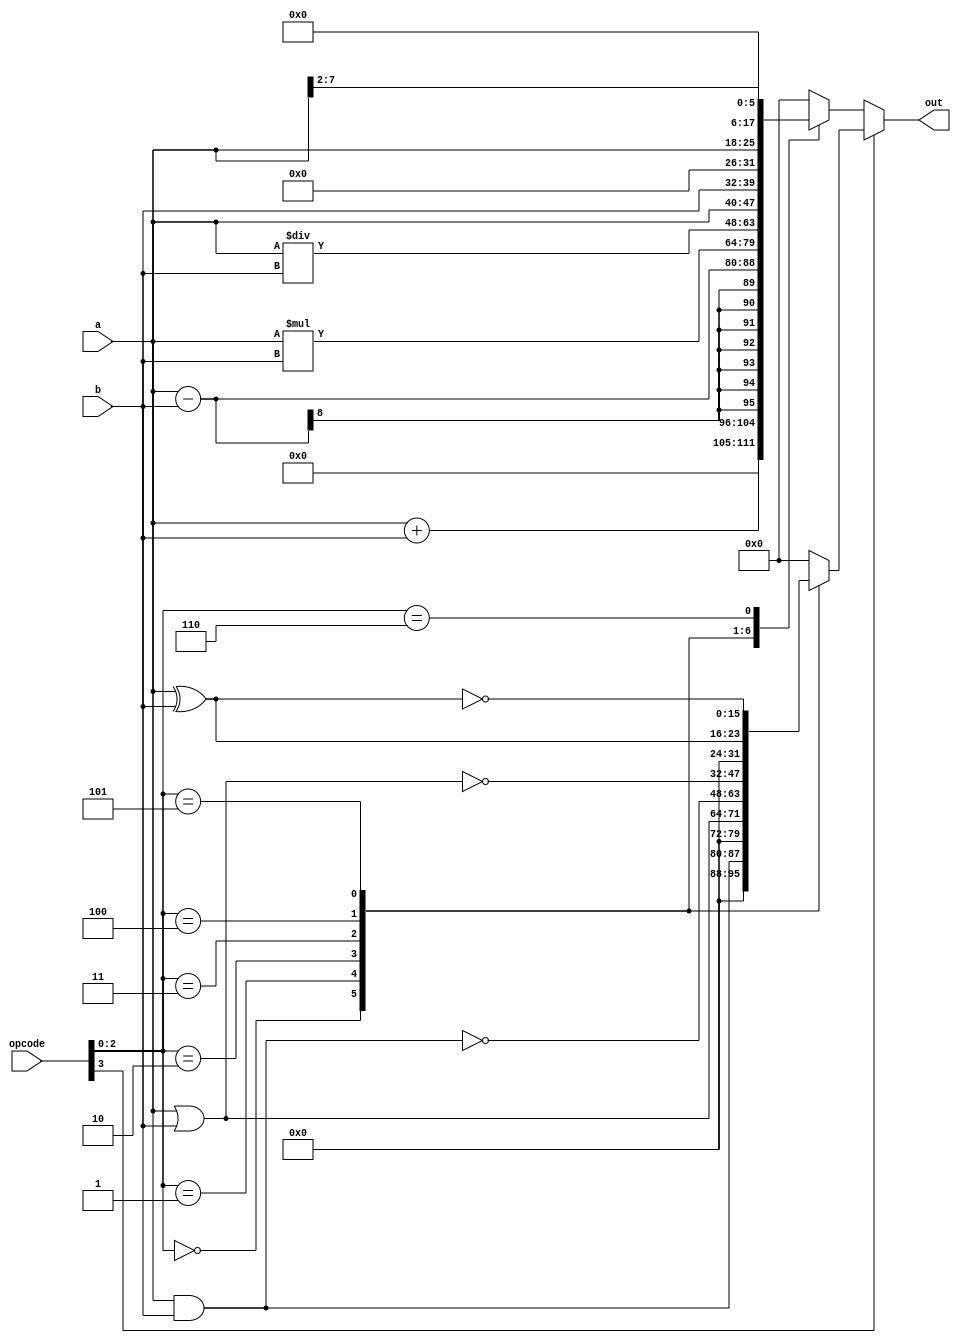

module ALU(input [7:0] a,b,input [3:0]opcode,output reg [15:0] out );

 always@(a or b or opcode)begin
  if(opcode[3]==0)begin
 
   case(opcode[2:0])
   
   3'b000 : out = a + b;
   3'b001 : out = a - b;
   3'b010 : out = a * b;
   3'b011 : out = a / b;
   3'b100 : out = {a,b};
   3'b101 : out = a << 2;
   3'b110 : out = a >> 2;
   default :  out = 16'b0;
   
   endcase
   end
   
   else begin
   case(opcode[2:0])
   
   3'b000 :  out = a & b;
   3'b001 :  out = a | b;
   3'b010 :  out = ~(a & b);
   3'b011 :  out = ~(a | b);
   3'b100 :  out = a ^ b;
   3'b101 :  out = ~(a ^ b);
   default : out = 16'b0;
   
   endcase
   
  end
   
   end
endmodule